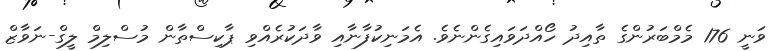
ވަނީ 176 މެމްބަރުންގެ ތާއިދު ހޯއްދަވައިގެންނެވެ. އެމަނިކުފާނާއި ވާދަކުރެއްވި ޕާކިސްތާން މުސްލިމް ލީގް-ނަވާޒް